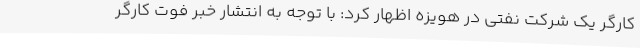
کارگر یک شرکت نفتی در هویزه اظهار کرد: با توجه به انتشار خبر فوت کارگر